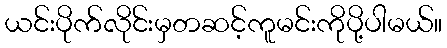
ယင်းပိုက်လိုင်းမှတဆင့်ကူမင်းကိုပို့ပါမယ်။